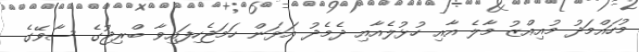
މުހައްމަދު މުއިއްޒު މާލެ އާއި ހުޅުލެއާއި ދެމެދު އަޅަން ހަމަޖެހިފައިވާ ބްރިޖުގެ ސާވޭގެ